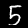
Label: 5